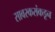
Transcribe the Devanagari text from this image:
सावरकरांकडून